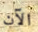
الآن